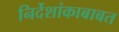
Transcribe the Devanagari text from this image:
निर्देशांकाबाबत